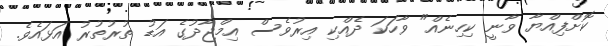
ކޮށްފިއްޔާ ވާނީ ކިހިނެއް" ވާހަކަ ދެއްކި އިރުވެސް އިމްޖާދުގެ އަޑު ތުރުތުރު އަޅައެވެ.